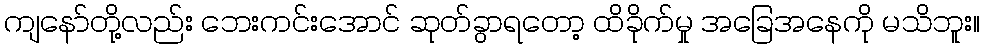
ကျနော်တို့လည်း ဘေးကင်းအောင် ဆုတ်ခွာရတော့ ထိခိုက်မှု အခြေအနေကို မသိဘူး။